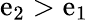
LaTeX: \mathrm{e}_{2}>\mathrm{e}_{1}